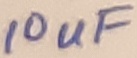
Text: 10uF